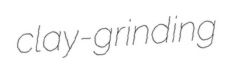
clay-grinding